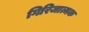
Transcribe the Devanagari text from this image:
गिरिजात्मक